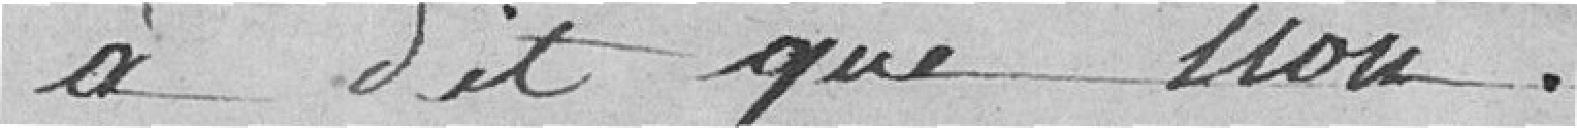
A dit que non.